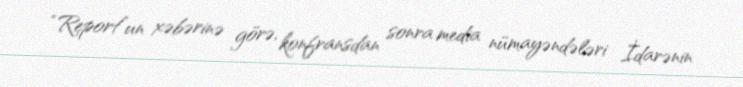
“Report”un xəbərinə görə, konfransdan sonra media nümayəndələri İdarənin